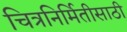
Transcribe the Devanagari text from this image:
चित्रनिर्मितीसाठी